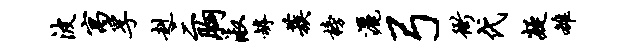
波寓孚赳三胸淑罅蔟榜洒弓衙代凝雒